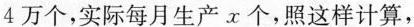
4万个，实际每月生产x个，照这样计算，